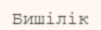
Бишілік